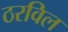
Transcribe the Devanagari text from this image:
ठरविल